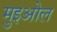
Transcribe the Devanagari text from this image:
मुइओल